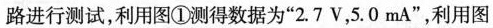
路进行测试，利用图①测得数据为”2.7V，5.0mA”，利用图